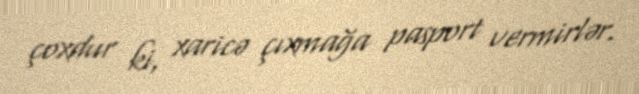
çoxdur ki, xaricə çıxmağa pasport vermirlər.